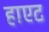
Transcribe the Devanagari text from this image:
हाएट